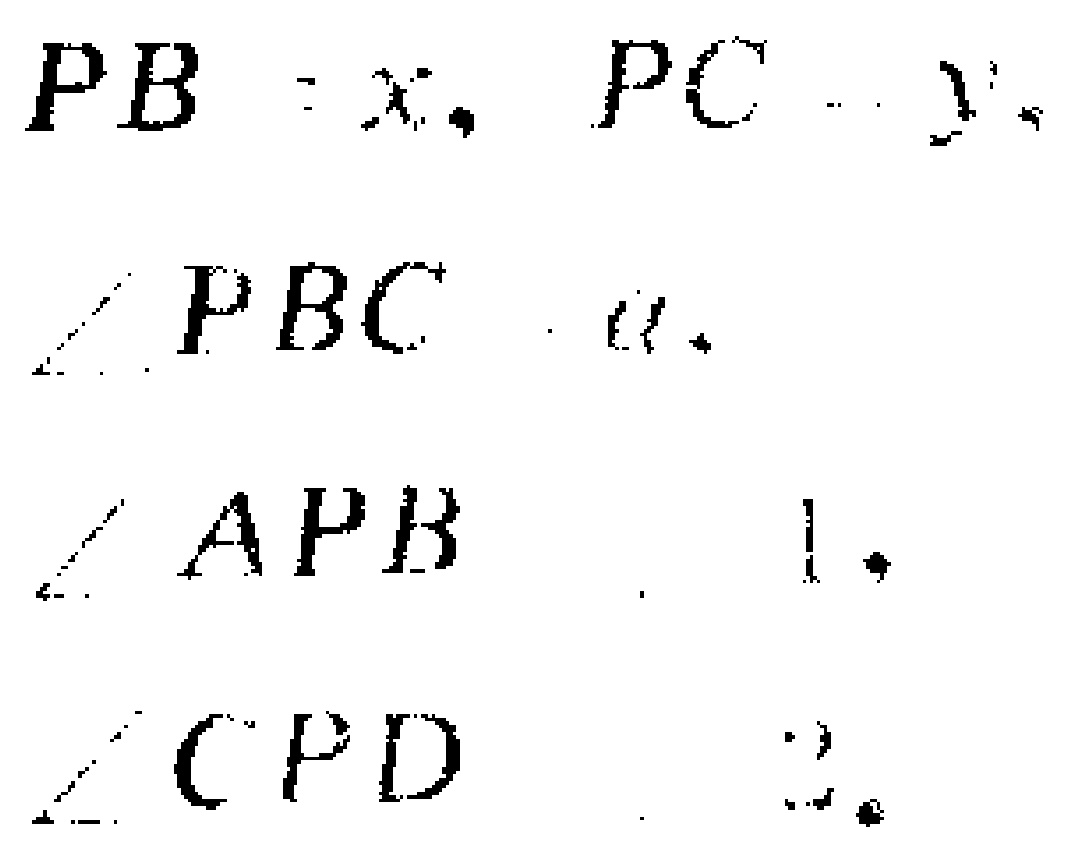
$PB = x, PC = y, \\

\angle PBC = \alpha, \\

\angle APB = 1, \\

\angle CPD = 2.$